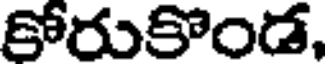
కోరుకోండ,